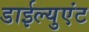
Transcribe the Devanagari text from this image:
डाईल्युएंट